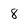
Character: 8